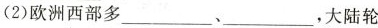
(2)欧洲西部多_______、__________，大陆轮